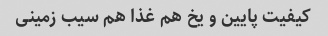
کیفیت پایین و یخ هم غذا هم سیب زمینی